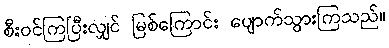
စီးဝင်ကြပြီးလျှင် မြစ်ကြောင်း ပျောက်သွားကြသည်။